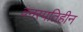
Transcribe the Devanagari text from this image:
वनस्पतिहीन